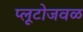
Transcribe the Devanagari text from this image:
प्लूटोजवळ